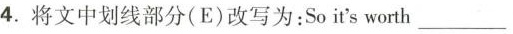
4.将文中划线部分(E)改写为:So i's worth___